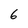
Character: 6